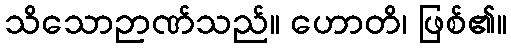
သိသောဉာဏ်သည်။ ဟောတိ၊ ဖြစ်၏။